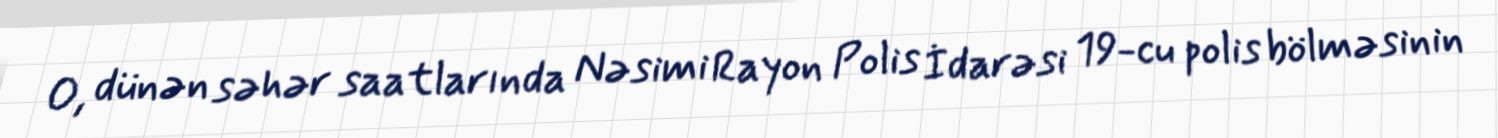
O, dünən səhər saatlarında Nəsimi Rayon Polis İdarəsi 19-cu polis bölməsinin